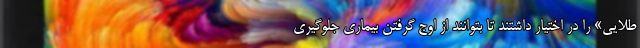
طلایی» را در اختیار داشتند تا بتوانند از اوج گرفتن بیماری جلوگیری